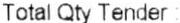
TOTAL QTY TENDER :